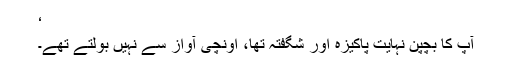
‘
آپ کا بچپن نہایت پاکیزہ اور شگفتہ تھا، اونچی آواز سے نہیں بولتے تھے۔